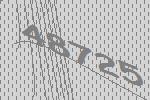
48725